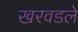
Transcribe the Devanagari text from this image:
खरवडले